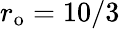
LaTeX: r_{\mathrm{o}}=10/3